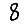
Digit: 8